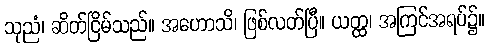
သုညံ၊ ဆိတ်ငြိမ်သည်။ အဟောသိ၊ ဖြစ်လတ်ပြီ။ ယတ္ထ၊ အကြင်အရပ်၌။